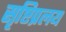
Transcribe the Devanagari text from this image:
सृष्टिप्रलय